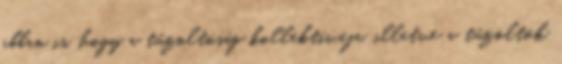
abban is, hogy a tűzoltóság kollektívája, illetve a tűzoltók